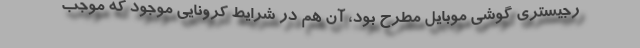
رجیستری گوشی موبایل مطرح بود، آن هم در شرایط کرونایی موجود که موجب